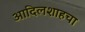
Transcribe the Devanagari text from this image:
आदिलशाहचा